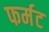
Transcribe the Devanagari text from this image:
फर्मट